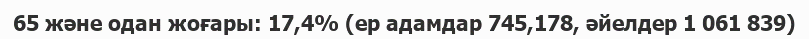
65 және одан жоғары: 17,4% (ер адамдар 745,178, әйелдер 1 061 839)